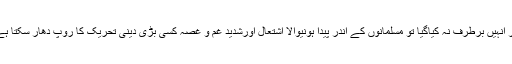
اگر انہیں برطرف نہ کیاگیا تو مسلمانوں کے اندر پیدا ہونیوالا اشتعال اورشدید غم و غصہ کسی بڑی دینی تحریک کا روپ دھار سکتا ہے ۔